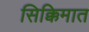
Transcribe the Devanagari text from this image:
सिक्किमात